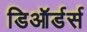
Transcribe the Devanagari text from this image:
डिऑर्डर्स